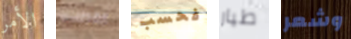
الأمر القطب فحسب طيار وشعر